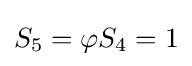
S_{5}=\varphi S_{4}=1